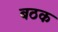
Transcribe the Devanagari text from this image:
बठक